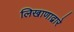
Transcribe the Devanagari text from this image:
लिखाणाद्वारे